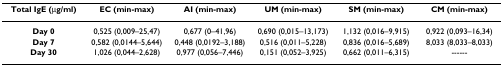
<table><thead><tr><td><b>Total IgE (μg/ml)</b></td><td><b>EC (min-max)</b></td><td><b>AI (min-max)</b></td><td><b>UM (min-max)</b></td><td><b>SM (min-max)</b></td><td><b>CM (min-max)</b></td></tr></thead><tbody><tr><td><b>Day 0</b></td><td>0,525 (0,009–25,47)</td><td>0,677 (0–41,96)</td><td>0,690 (0,015–13,173)</td><td>1,132 (0,016–9,915)</td><td>0,922 (0,093–16,34)</td></tr><tr><td><b>Day 7</b></td><td>0,582 (0,0144–5,644)</td><td>0,448 (0,0192–3,188)</td><td>0,516 (0,011–5,228)</td><td>0,836 (0,016–5,689)</td><td>8,033 (8,033–8,033)</td></tr><tr><td><b>Day 30</b></td><td>1,026 (0,044–2,628)</td><td>0,977 (0,056–7,446)</td><td>0,151 (0,052–3,925)</td><td>0,662 (0,011–6,315)</td><td>------</td></tr></tbody></table>